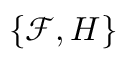
\{ \mathcal { F } , H \}